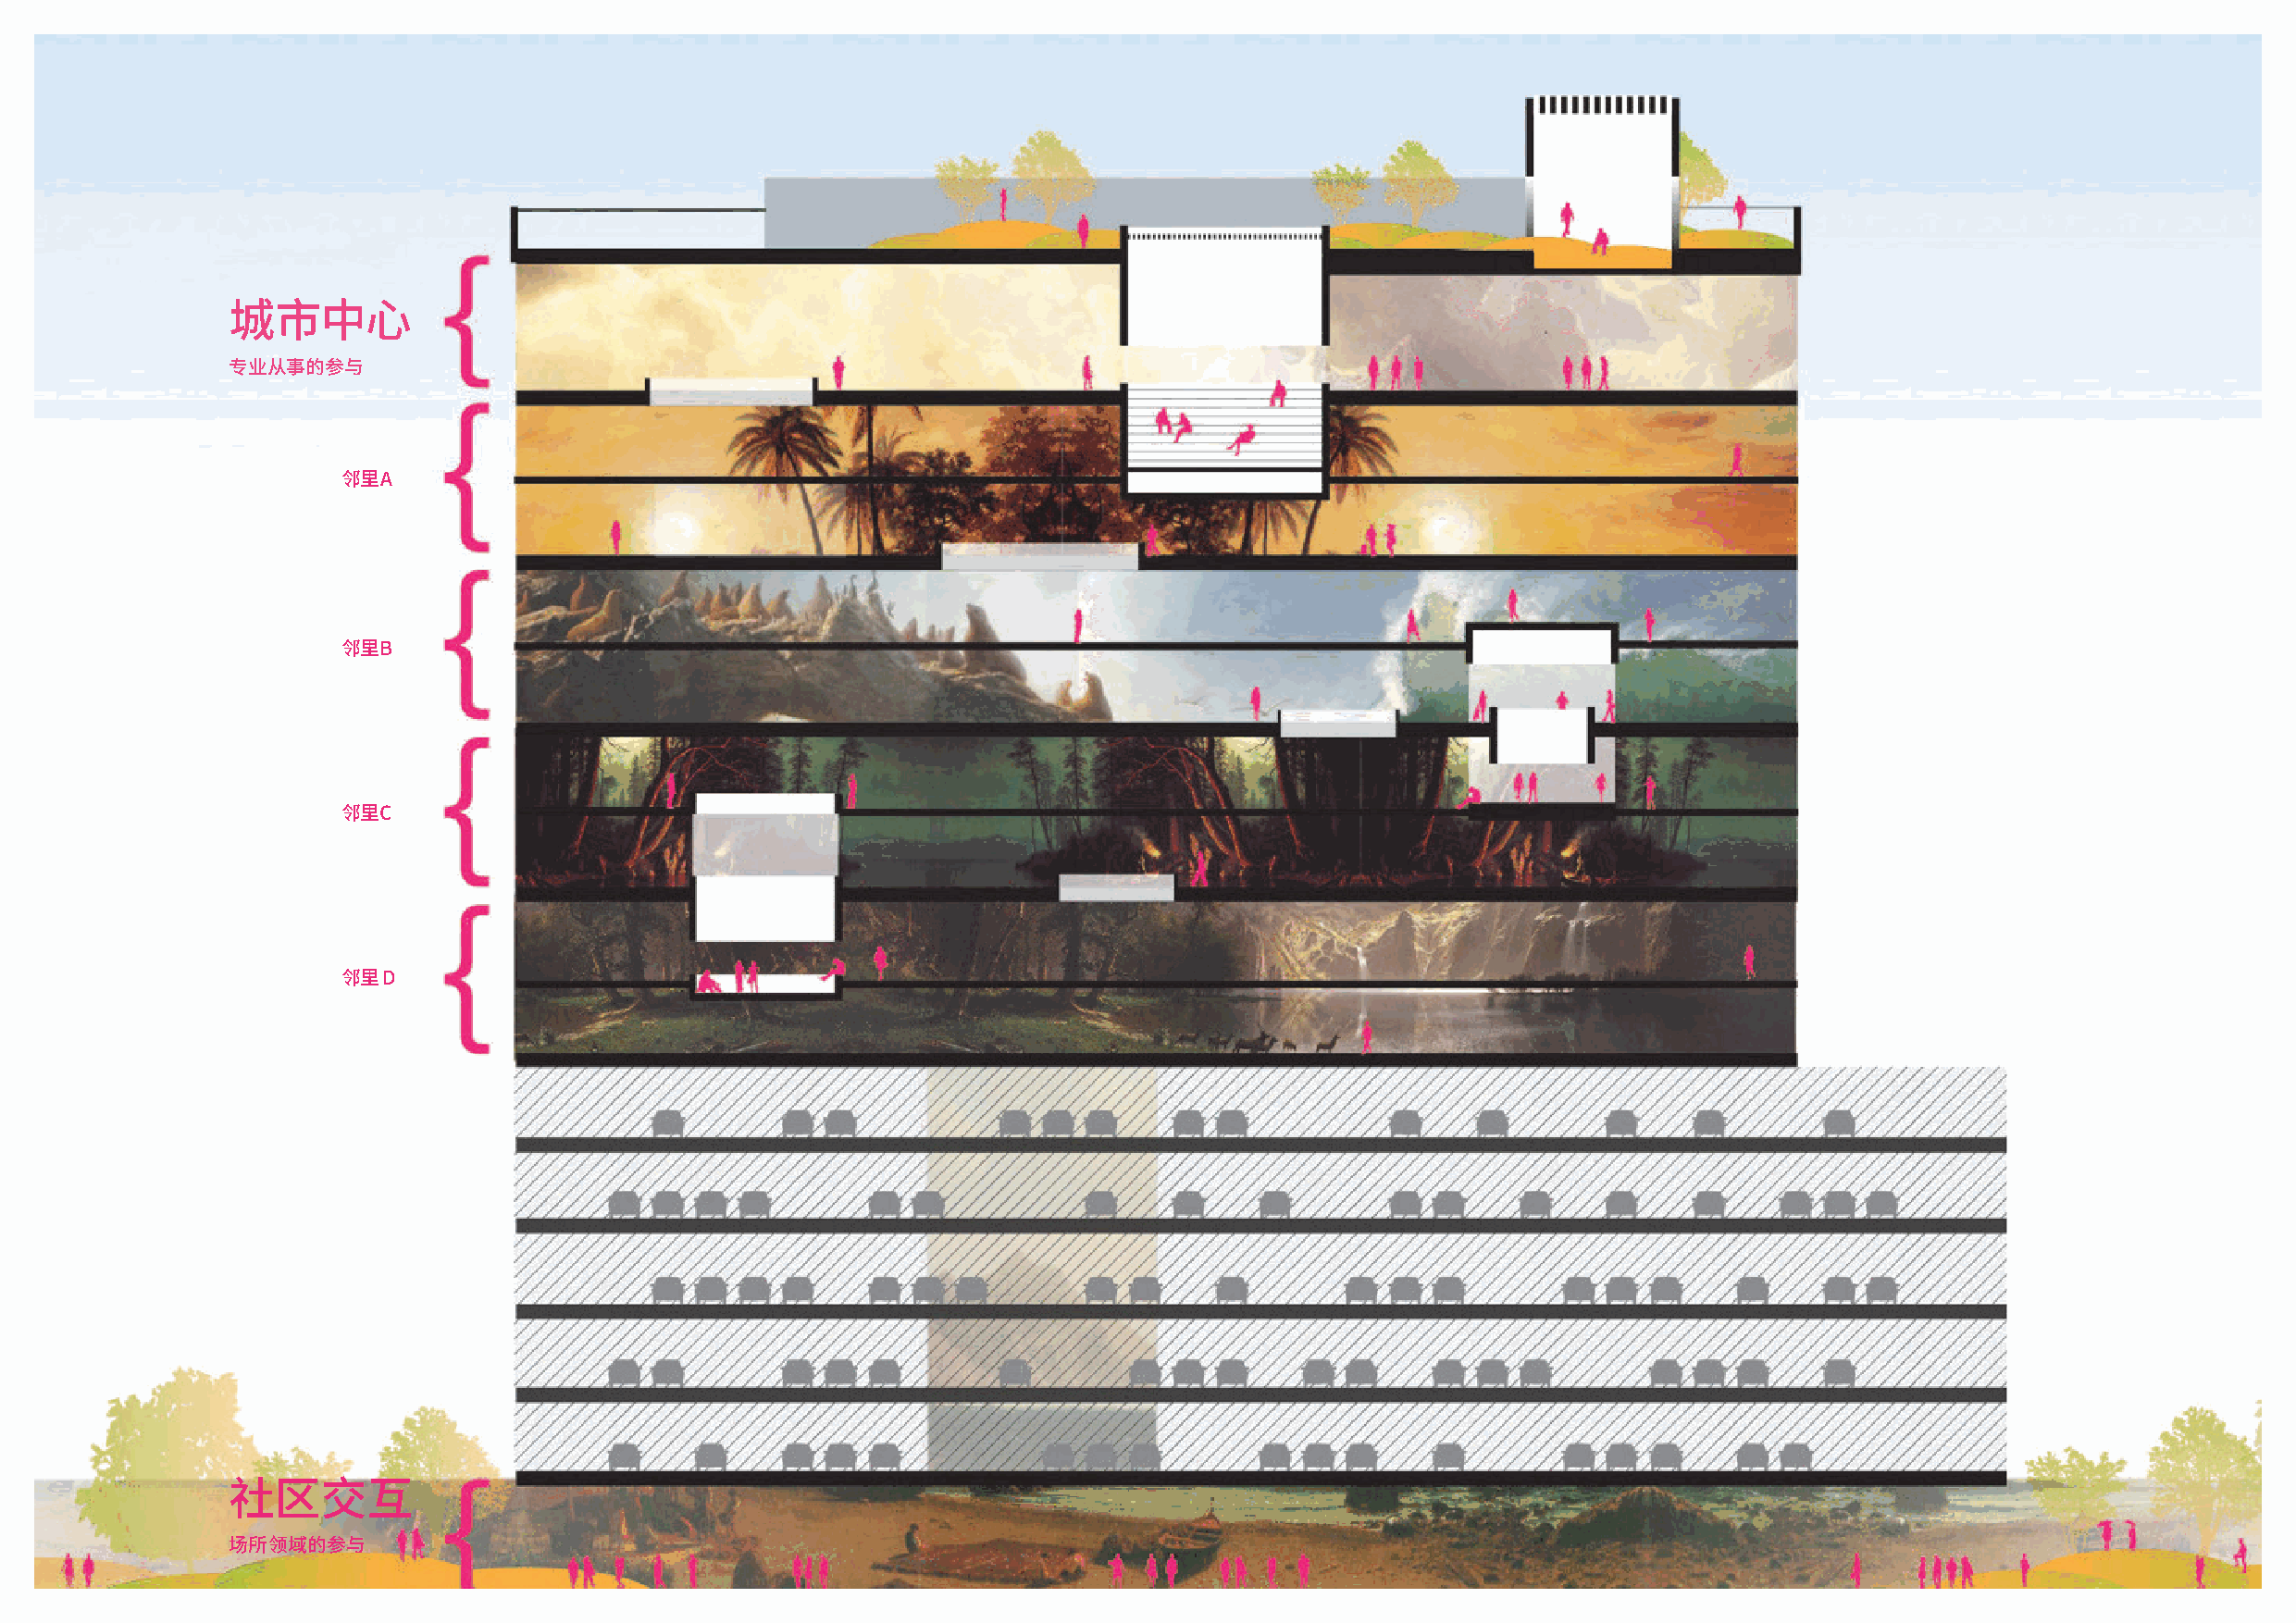
城市中心
 专业从事的参与
 邻里A
 邻里B
 邻里C
 邻里D
 社区交互
 场所领域的参与
 RIOS 精选项目方案                                                                                                                                 RIOS 精选项目方案